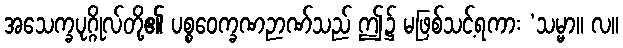
အသေက္ခပုဂ္ဂိုလ်တို့၏ ပစ္စဝေက္ခဏဉာဏ်သည် ဤ၌ မဖြစ်သင့်ရကား ‘သမ္မာ။ လ။